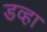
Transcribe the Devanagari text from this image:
डव्हा